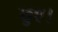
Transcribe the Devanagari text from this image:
छुए।